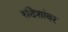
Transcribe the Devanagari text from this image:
संदेशांवर